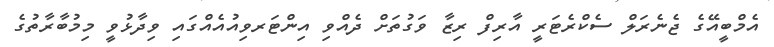
އެމްބީއޭގެ ޖެނެރަލް ސެކްރެޓަރީ އާރިފް ރިޒާ ވަގުތަށް ދެއްވި އިންޓަރވިއުއެއްގައި ވިދާޅުވީ މިމުބާރާތުގެ